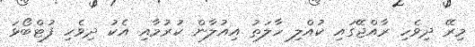
މިރޭ ދިވެހި ރާއްޖޭގައި ކުއްލި ހާލަތު އިއުލާން ކުރުމާއި އެކު ދިވެހި ފުޓްބޯޅަ